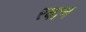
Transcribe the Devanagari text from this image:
रबान